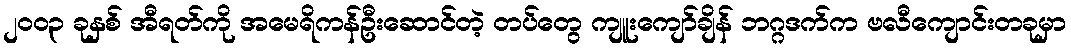
၂၀ဝ၃ ခုနှစ် အီရတ်ကို အမေရိကန်ဦးဆောင်တဲ့ တပ်တွေ ကျူးကျော်ချိန် ဘဂ္ဂဒက်က ဗလီကျောင်းတခုမှာ